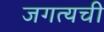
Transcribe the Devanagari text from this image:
जगत्यची